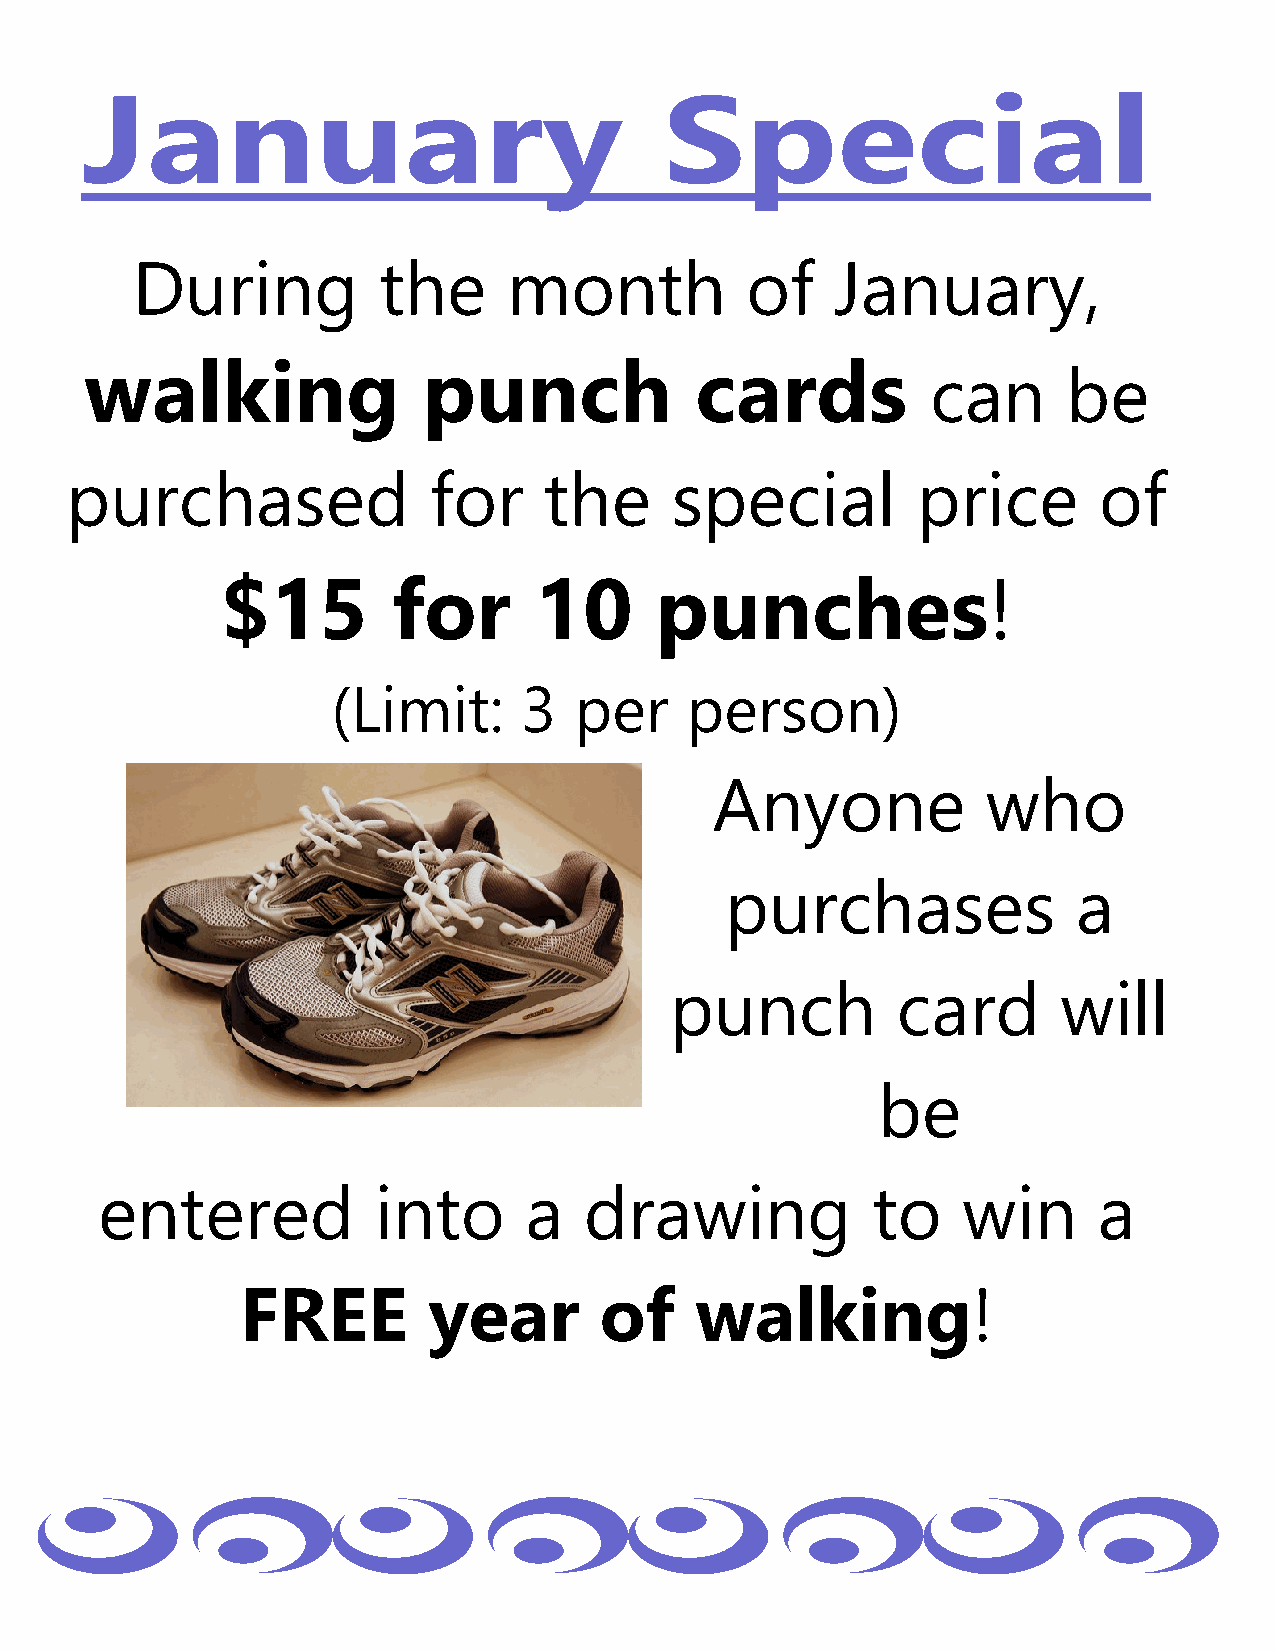
During          the      month          of    January,
 walking               punch             cards
 can      be
 purchased               for     the     special          price       of
 $15        for      10      punches!
 (Limit:      3  per    person)
 Anyone            who
 purchases              a
 punch          card       will
 be
 entered            into      a   drawing            to    win      a
 FREE        year        of    walking!